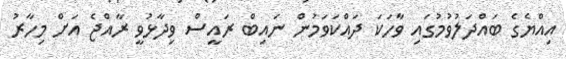
އިއްޔެގެ ބައްދަލުވުމުގައި ވާހަކަ ދައްކަވަމުން ނައިބް ރައީސް ވިދާޅުވީ ރާއްޖެ އަށް މިހާރު